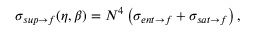
\sigma _ { s u p \rightarrow f } ( \eta , \beta ) = N ^ { 4 } \left( \sigma _ { e n t \rightarrow f } + \sigma _ { s a t \rightarrow f } \right) ,